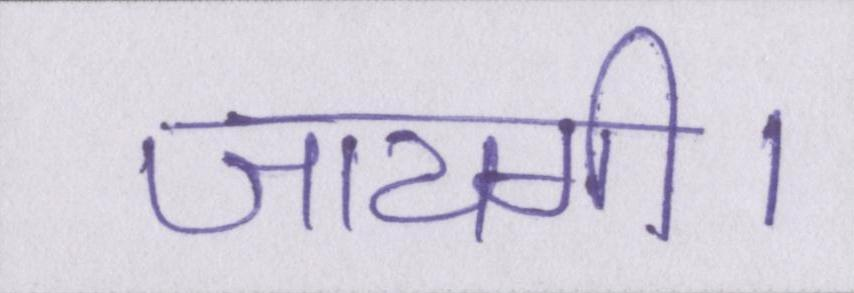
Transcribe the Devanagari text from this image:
जायगी।